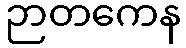
ဉာတကေန